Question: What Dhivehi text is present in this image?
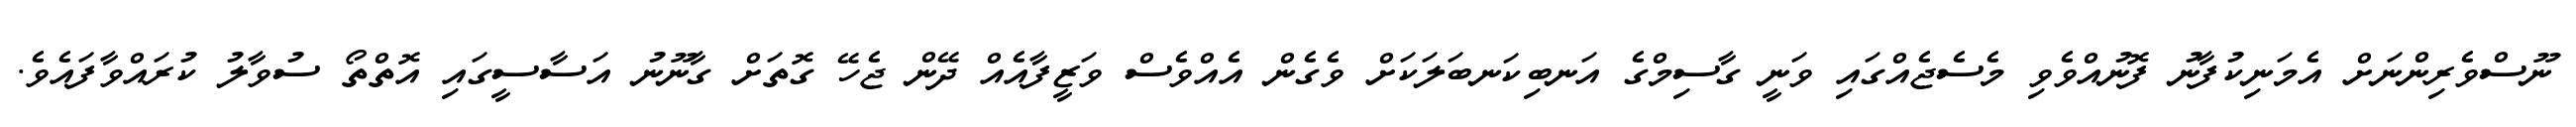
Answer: ނޫސްވެރިންނަށް އެމަނިކުފާނު ފޮނުއްވެވި މެސެޖެއްގައި ވަނީ ގާސިމްގެ އަނބިކަނބަލަކަށް ވެގެން އެއްވެސް ވަޒީފާއެއް ދޭން ޖެހޭ ގޮތަށް ގާނޫނު އަސާސީގައި އޮތްތޯ ސުވާލު ކުރައްވާފައެވެ.